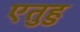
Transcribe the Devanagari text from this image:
एतुहु